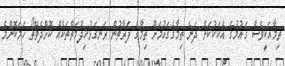
ތިމާއަކީވެސް ގައުމުގެ އެކަކުކަން ދަނެ ތިމާގެގައުމަށް ތިމާގެ ފަރާތުން ރަނގަޅުޚިދުމަތްތަކެއް ކޮށްދެވޭތޯ ހަމަކޮންމެ